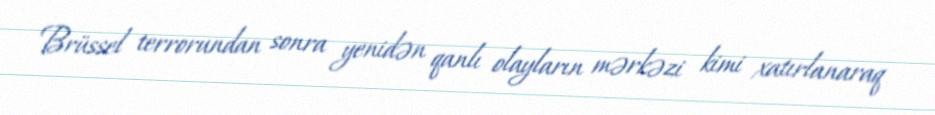
Brüssel terrorundan sonra yenidən qanlı olayların mərkəzi kimi xatırlanaraq